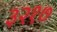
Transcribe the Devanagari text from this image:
३२१७